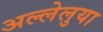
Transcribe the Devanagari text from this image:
अल्लेलुया